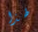
لهذا